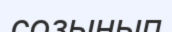
созынып